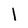
Character: l